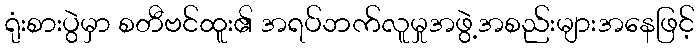
ရုံးစားပွဲမှာ စတီဗင်ထူး၏ အရပ်ဘက်လူမှုအဖွဲ့အစည်းများအနေဖြင့်